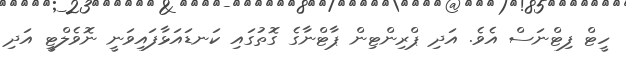
ހީޓް ފިޓްނަސް އެވެ. އަދި ޕްރިންޓިން ޕާޓްނާގެ ގޮތުގައި ކަނޑައަޅާފައިވަނީ ނޮވެލްޓީ އަދި